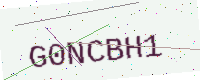
Text: G0NCBH1